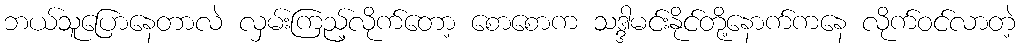
ဘယ်သူပြောနေတာလဲ လှမ်းကြည့်လိုက်တော့ စောစောက သဒ္ဒါမင်းနိုင်တို့နောက်ကနေ လိုက်ဝင်လာတဲ့